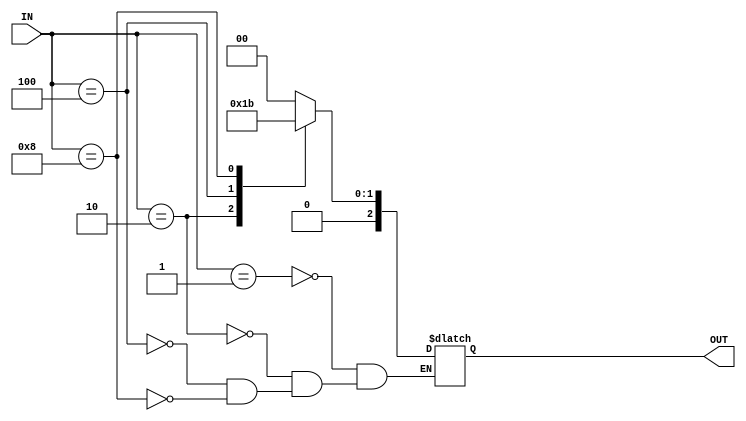
/*
M ha: ng ra biu din s nh phn cho bit ng vo no c mc mt.
*mi thi im ch c mt ng vo c mc 1.*
VD: ng vo 0001B = 1D th ng ra 01B = 1D
VD: ng vo 1000B = 8D th ng ra 11B = 3D
Tng t cch lm khi HL = 0, ta ch vic thm bin tmp/wo_HL v o li gi tr ng ra
S ng vo l ly tha c s 2 ca ng ra(tr cc chn chn en/sel, chn HL, ...)
VD: c 2 ng ra cc trng thi t 00->11 th ng vo cn 4 cng
*/

module encode_4_2(
  input [3:0]IN,
  output reg [2:0] OUT
);
  always @(OUT)
  begin
    case(IN)
      4'b0001 : OUT = 2'b00;
      4'b0010 : OUT = 2'b01;
      4'b0100 : OUT = 2'b10;
      4'b1000 : OUT = 2'b11;
    endcase
  end
endmodule

module encode_8_3_(
  input [7:0]IN,
  output reg [2:0] OUT
);
  always @(OUT)
  begin
    case(IN)
      8'h01 : OUT = 3'b000;
      8'h02 : OUT = 3'b001;
      8'h04 : OUT = 3'b010;
      8'h08 : OUT = 3'b011;
      8'h10 : OUT = 3'b100;
      8'h20 : OUT = 3'b101;
      8'h40 : OUT = 3'b110;
      8'h80 : OUT = 3'b111;
    endcase
  end
endmodule

module encode_8_3_EN(
  input EN,
  input [7:0]IN,
  output reg [2:0] OUT
);
  always @(OUT)
  begin
    if(EN == 0)
      OUT = 0;
    else
      case(IN)
        8'h01 : OUT = 3'b000;
        8'h02 : OUT = 3'b001;
        8'h04 : OUT = 3'b010;
        8'h08 : OUT = 3'b011;
        8'h10 : OUT = 3'b100;
        8'h20 : OUT = 3'b101;
        8'h40 : OUT = 3'b110;
        8'h80 : OUT = 3'b111;
      endcase
  end
endmodule

module encode_8_3_EN_HL(
  input HL,
  input EN,
  input [7:0]IN,
  output [2:0] OUT
);
  reg [2:0] tmp;
  always @(OUT)
  begin
    if(EN == 0)
      tmp = 0;
    else
      case(IN)
        8'h01 : tmp = 3'b000;
        8'h02 : tmp = 3'b001;
        8'h04 : tmp = 3'b010;
        8'h08 : tmp = 3'b011;
        8'h10 : tmp = 3'b100;
        8'h20 : tmp = 3'b101;
        8'h40 : tmp = 3'b110;
        8'h80 : tmp = 3'b111;
      endcase
  end
  assign OUT = (HL==1)?(tmp):(~tmp);
endmodule